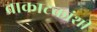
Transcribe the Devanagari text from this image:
वाकाटकांशी